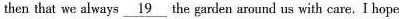
then that we always \underline{19} the garden around us with care, I hope